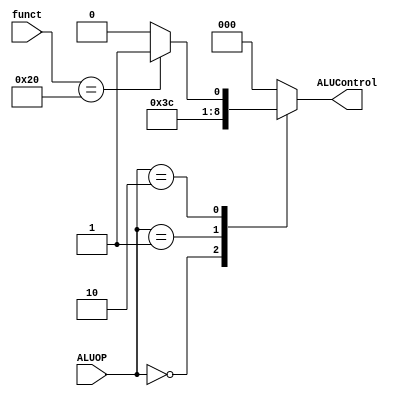
`timescale 1ns / 1ps
module ALUDecoder (
    ALUOP, funct, ALUControl
);

input [1:0] ALUOP;
input [5:0] funct;
output reg [2:0] ALUControl;

always@(*) begin
  case(ALUOP)
    0: ALUControl <= 1;
    1: ALUControl <= 7;
    2: 
    begin 
        case (funct)
            6'h20: ALUControl <= 1;
            default: ALUControl <= 0;
        endcase
    end
    default: ALUControl <= 0;
  endcase
end

endmodule